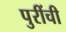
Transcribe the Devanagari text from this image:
पुरींची